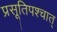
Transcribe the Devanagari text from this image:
प्रसूतिपश्चात्